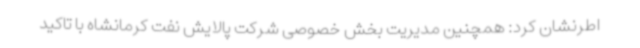
اطرنشان کرد: همچنین مدیریت بخش خصوصی شرکت پالایش نفت کرمانشاه با تاکید